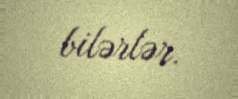
bilərlər.